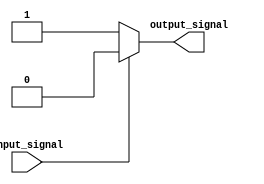
module cmos_not_gate(
    input wire input_signal,
    output reg output_signal
);

always @(*)
begin
    if(input_signal == 1'b0) // if input signal is low
    begin
        output_signal = 1'b1; // output signal is high
    end
    else // if input signal is high
    begin
        output_signal = 1'b0; // output signal is low
    end
end

endmodule